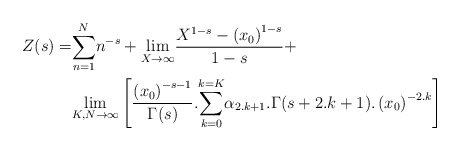
\begin{align*}Z(s)=&\underset{n=1}{\overset{N}{\sum }}n^{-s}+\underset{X\rightarrow \infty }{\lim }\frac{X^{1-s}-\left(x_0\right)^{1-s}}{1-s}+\\&\underset{K,N\rightarrow \infty }{\lim }\left[\frac{\left(x_0\right)^{-s-1}}{\Gamma (s)}.\underset{k=0}{\overset{k=K}{\sum }}\alpha _{2.k+1}.\Gamma (s+2.k+1).\left(x_0\right)^{-2.k}\right] \end{align*}